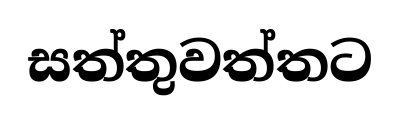
සත්තුවත්තට